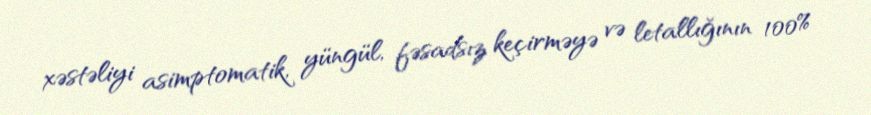
xəstəliyi asimptomatik, yüngül, fəsadsız keçirməyə və letallığının 100%